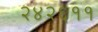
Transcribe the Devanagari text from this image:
२४२६११